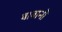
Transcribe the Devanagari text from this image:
बाबानो